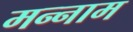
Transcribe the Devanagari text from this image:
मन्नाम